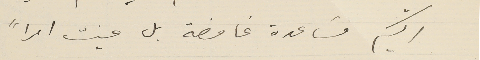
اليكم مسَاعدة غامضة بل عنيت امراًَ